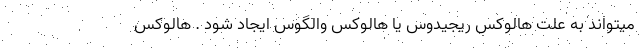
میتواند به علت هالوکس ریجیدوس یا هالوکس والگوس ایجاد شود . هالوکس